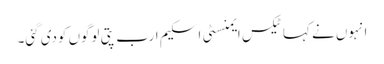
انہوں نے کہا ٹیکس ایمنسٹی اسکیم ارب پتی لوگوں کودی گئی۔